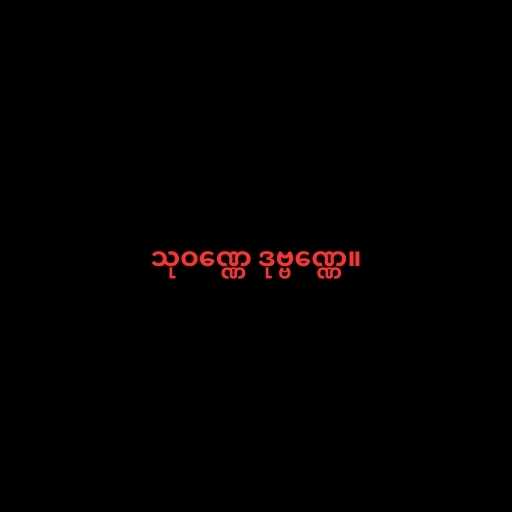
သုဝဏ္ဏေ ဒုဗ္ဗဏ္ဏေ။